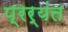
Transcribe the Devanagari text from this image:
प्रर्यंत